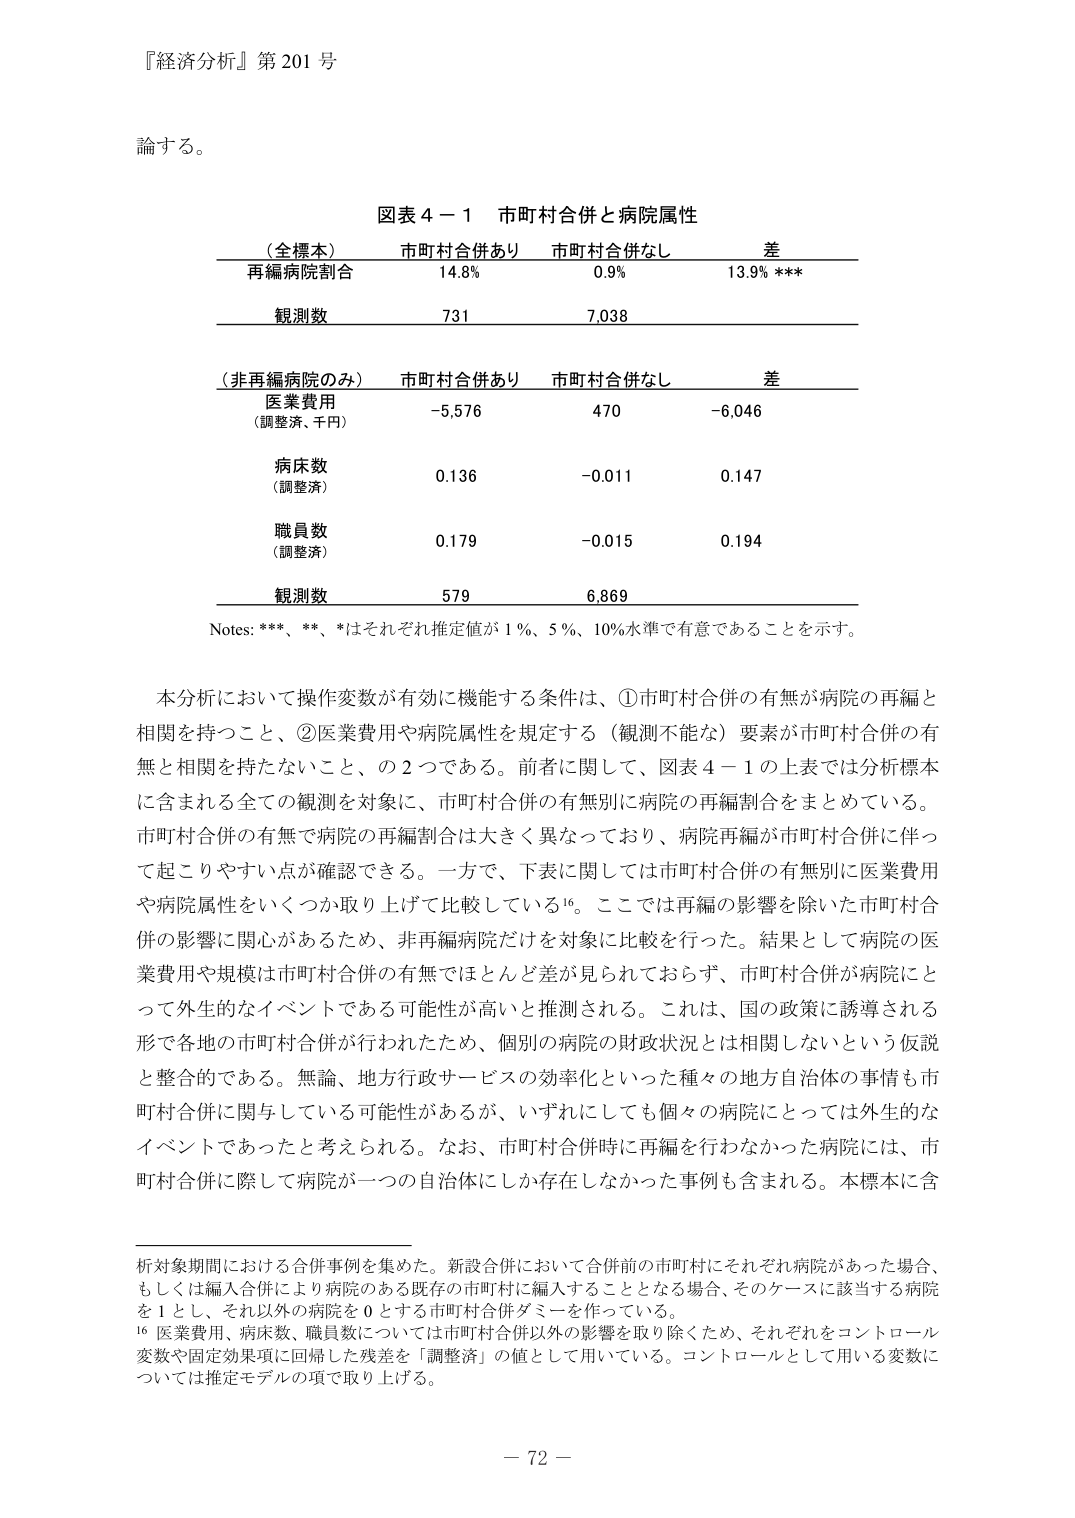
『経済分析』第201号

論する。

図表４－１ 市町村合併と病院属性

（全標本） 市町村合併あり 市町村合併なし 差
再編病院割合 14.8% 0.9% 13.9% ***
観測数 731 7,038

（非再編病院のみ） 市町村合併あり 市町村合併なし 差
医業費用
（調整済、千円） -5,576 470 -6,046
病床数
（調整済） 0.136 -0.011 0.147
職員数
（調整済） 0.179 -0.015 0.194
観測数 579 6,869

Notes: ***, **, *はそれぞれ推定値が1％、5％、10％水準で有意であることを示す。

本分析において操作変数が有効に機能する条件は、①市町村合併の有無が病院の再編と
相関を持つこと、②医業費用や病院属性を規定する（観測不能な）要素が市町村合併の有
無と相関を持たないこと、の2つである。前者に関して、図表４－１の上表では分析標本
に含まれる全ての観測を対象に、市町村合併の有無別に病院の再編割合をまとめている。
市町村合併の有無で病院の再編割合は大きく異なっており、病院再編が市町村合併に伴っ
て起こりやすい点が確認できる。一方で、下表に関しては市町村合併の有無別に医業費用
や病院属性をいくつか取り上げて比較している16。ここでは再編の影響を除いた市町村合
併の影響に関心があるため、非再編病院だけを対象に比較を行った。結果として病院の医
業費用や規模は市町村合併の有無ではほとんど差が見られておらず、市町村合併が病院にと
って外生的なイベントである可能性が高いと推測される。これは、国の政策に誘導される
形で各地の市町村合併が行われたため、個別の病院の財政状況とは関係しないという仮説
と整合的である。無論、地方行政サービスの効率化といった種々の地方自治体の事情も市
町村合併に関与している可能性があるが、いずれにしても個々の病院にとっては外生的な
イベントであったと考えられる。なお、市町村合併時に再編を行わなかった病院には、市
町村合併に際して病院が一つの自治体にしか存在しなかった事例も含まれる。本標本に含

析対象期間における合併事例を集めた。新設合併において合併前の市町村にそれぞれ病院があった場合、
もしくは編入合併により病院のある既存の市町村に編入することとなる場合、そのケースに該当する病院
を1とし、それ以外の病院を0とする市町村合併ダミーを作っている。
16 医業費用、病床数、職員数については市町村合併以外の影響を取り除くため、それぞれをコントロール
変数や固定効果項に回帰した残差を「調整済」の値として用いている。コントロールとして用いる変数に
ついては推定モデルの項で取り上げる。

－72－